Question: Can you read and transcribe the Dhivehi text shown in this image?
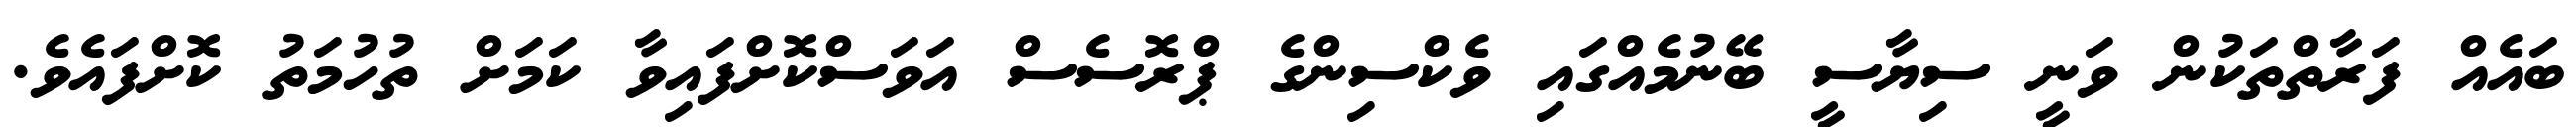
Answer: ބައެއް ފަރާތްތަކުން ވަނީ ސިޔާސީ ބޭނުމެއްގައި ވެކްސިންގެ ޕްރޮސެސް އަވަސްކޮށްފައިވާ ކަމަށް ތުހުމަތު ކޮށްފައެވެ.